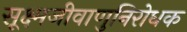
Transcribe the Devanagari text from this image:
सूक्ष्मजीवाणुनिरोधक